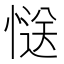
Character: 𭞅